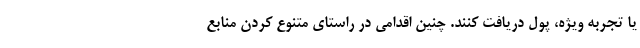
یا تجربه ویژه، پول دریافت کنند. چنین اقدامی در راستای متنوع کردن منابع